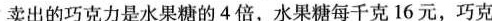
卖出的巧克力是水果糖的4倍，水果糖每千克16元，巧克